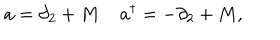
a = \partial _ { 2 } + M \; a ^ { \dagger } = - \partial _ { 2 } + M ,